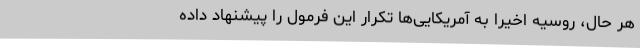
هر حال، روسیه اخیرا به آمریکایی‌ها تکرار این فرمول را پیشنهاد داده